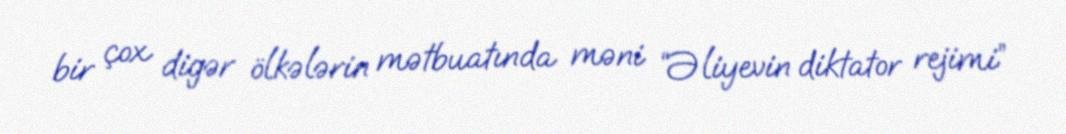
bir çox digər ölkələrin mətbuatında məni “Əliyevin diktator rejimi”